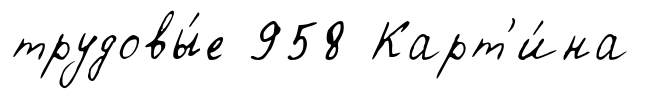
трудовы́е 958 Карт'и́на